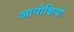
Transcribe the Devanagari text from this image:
आयोशियो